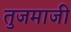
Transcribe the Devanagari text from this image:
तुजमाजी